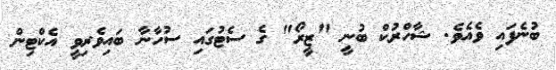
ބުނެފައި ވެއެވެ. ޝާހްރުކް ބުނީ "ޒީރޯ" ގެ ސެޓުގައި ސުހާނާ ބައިވެރިވީ އެކްޓިން